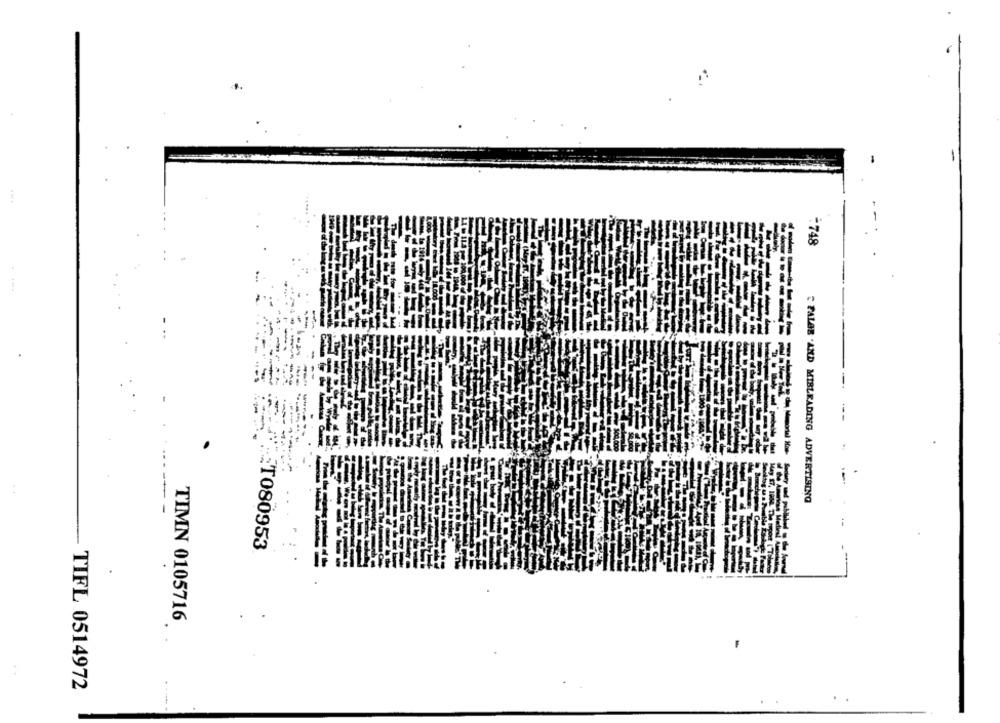
:748
" FALSE .AMD MIBLEADING ADVERTISING
...
ET080953
TIMN 0105716
TIFL 0514972